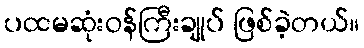
ပထမဆုံးဝန်ကြီးချုပ် ဖြစ်ခဲ့တယ်။